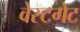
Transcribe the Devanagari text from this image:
वेस्टगेट